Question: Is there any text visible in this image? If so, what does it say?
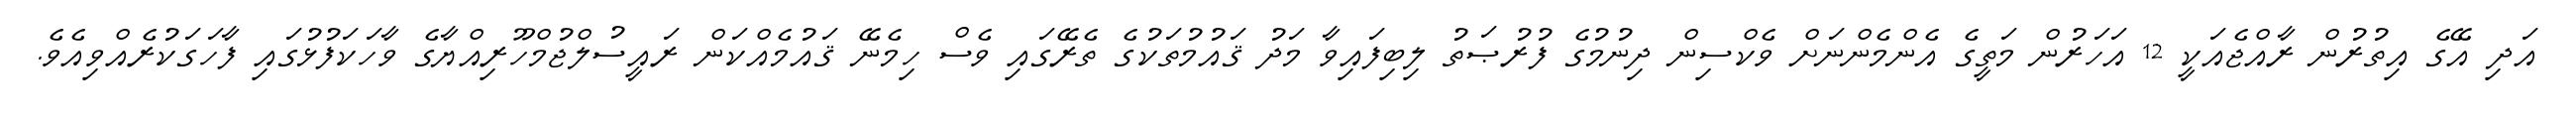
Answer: އަދި އޭގެ އިތުރުން ރާއްޖެއަކީ 12 އަހަރުން މަތީގެ އެންމެންނަށް ވެކްސިން ދިނުމުގެ ފުރުޞަތު ލިބިފައިވާ މަދު ޤައުމުތަކުގެ ތެރޭގައި ވެސް ހިމެނޭ ޤައުމެއްކަން ރައީސުލްޖުމްހޫރިއްޔާގެ ވާހަކަފުޅުގައި ފާހަގަކުރެއްވިއެވެ.